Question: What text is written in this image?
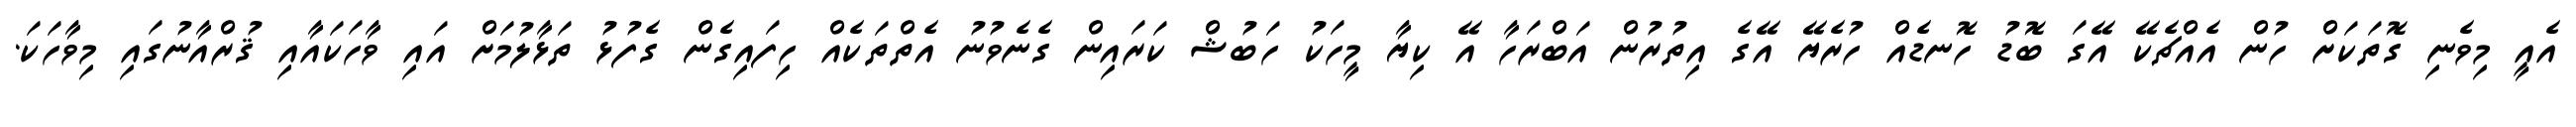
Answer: އެއީ މިވެނި ގޮތަކަށް ހުން އެއްޗެކޭ އޭގަ ބޮޑު ހޮނޑެއް ހުރެޔޭ އޭގެ އިތުރުން އަބްރަހާ އޭ ކިޔާ މީހަކު ހަބުޝް ކަރައިން ގެނެވުނު އެތްތަކެއް ހިފައިގެން ގެފުޅު ތަޅާލުމަށް އައި ވާހަކައާއި ޤުރްއާނުގައި މިވާހަކަ.